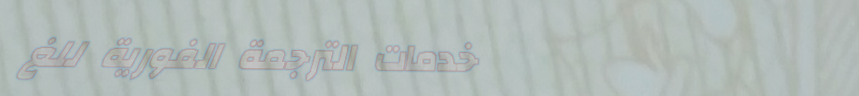
خدمات الترجمة الفورية للغ